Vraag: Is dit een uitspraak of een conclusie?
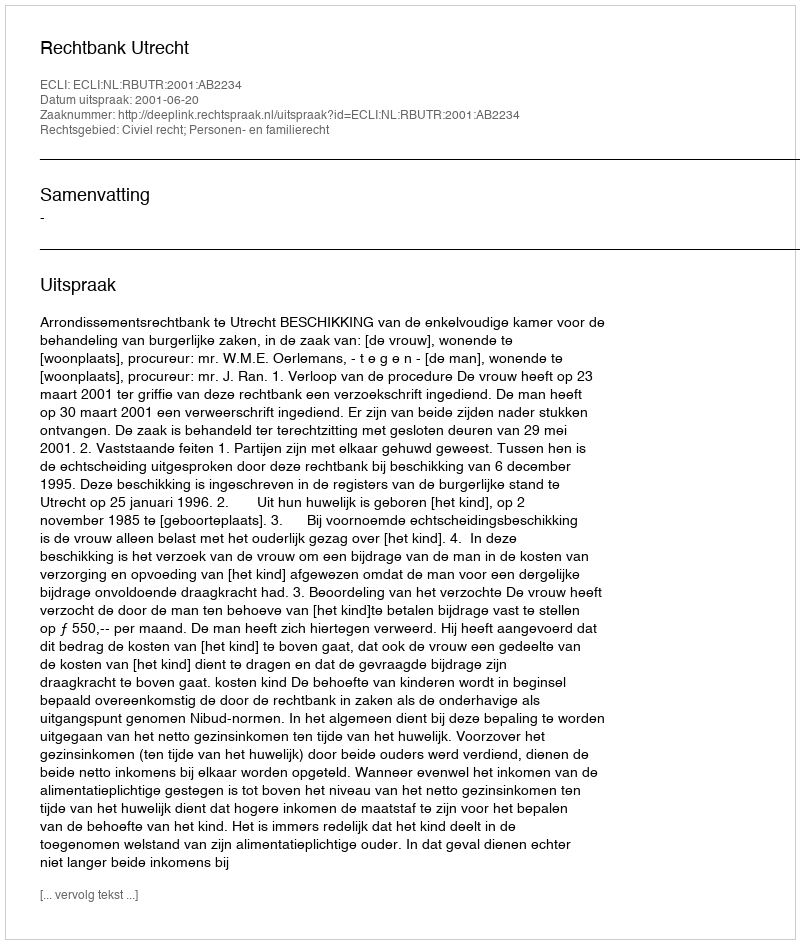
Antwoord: Uitspraak